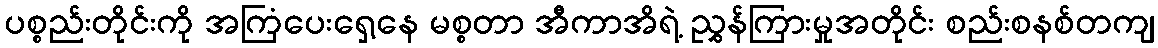
ပစ္စည်းတိုင်းကို အကြံပေးရှေ့နေ မစ္စတာ အီကာအိရဲ့ ညွှန်ကြားမှုအတိုင်း စည်းစနစ်တကျ